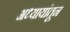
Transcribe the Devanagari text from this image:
अध्यायांतून